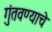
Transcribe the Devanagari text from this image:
गुंतवण्याचे